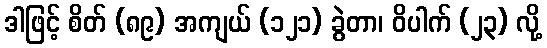
ဒါဖြင့် စိတ် (၈၉) အကျယ် (၁၂၁) ခွဲတာ၊ ဝိပါက် (၂၃) လို့